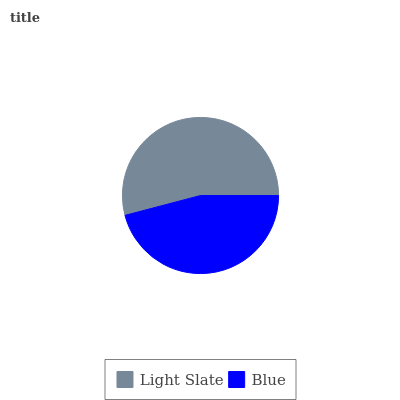
| Light Slate | Blue |
 | --- | --- |
 | 54.1% | 45.9% |